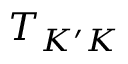
T _ { K ^ { \prime } K }